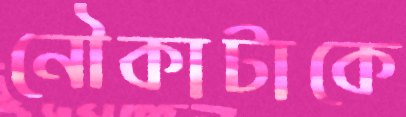
নৌকাটাকে